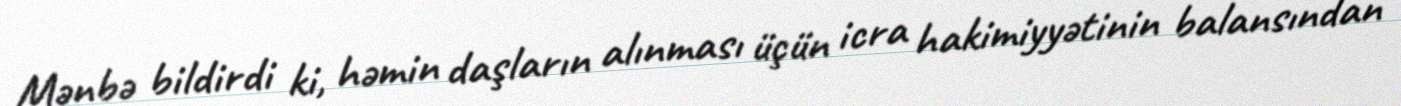
Mənbə bildirdi ki, həmin daşların alınması üçün icra hakimiyyətinin balansından